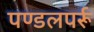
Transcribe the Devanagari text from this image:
पण्डलपर्रू